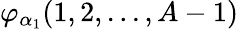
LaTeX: \varphi_{\alpha_{1}}(1,2,...,A-1)